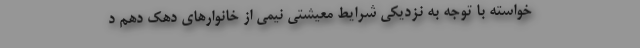
خواسته با توجه به نزدیکی شرایط معیشتی نیمی از خانوارهای دهک دهم د